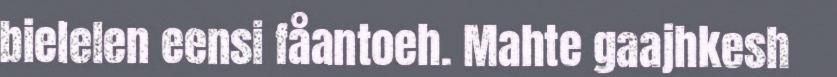
bielelen eensi fåantoeh. Mahte gaajhkesh